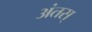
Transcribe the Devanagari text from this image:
अंतस्‌